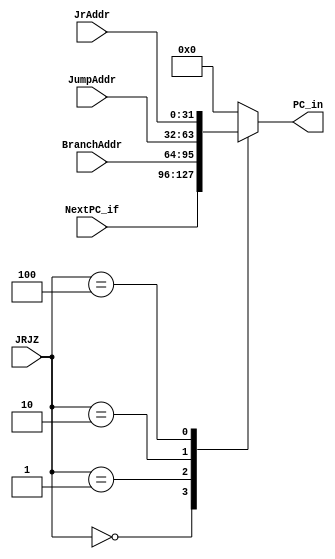
`timescale 1ns / 1ps
module InstructionPointMux(
    		JRJZ,
    		JumpAddr,
    		BranchAddr,
    		NextPC_if,
    		JrAddr,
    		PC_in
    	);

input[2:0] JRJZ;
input[31:0] JumpAddr;
input[31:0] JrAddr;
input[31:0] NextPC_if;
input[31:0] BranchAddr;
output reg [31:0] PC_in;
always @(*)
	begin
		case(JRJZ)
			3'b000: PC_in = NextPC_if;
			3'b001: PC_in = BranchAddr;
			3'b010: PC_in = JumpAddr;
			3'b100: PC_in = JrAddr;
			default: PC_in = 32'h00000000;
	 endcase
	end

endmodule